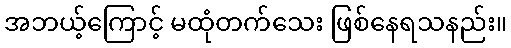
အဘယ့်ကြောင့် မထုံတက်သေး ဖြစ်နေရသနည်း။